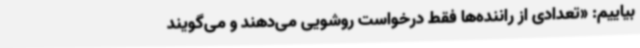
بیاییم: «تعدادی از راننده‌ها فقط درخواست روشویی می‌دهند و می‌گویند